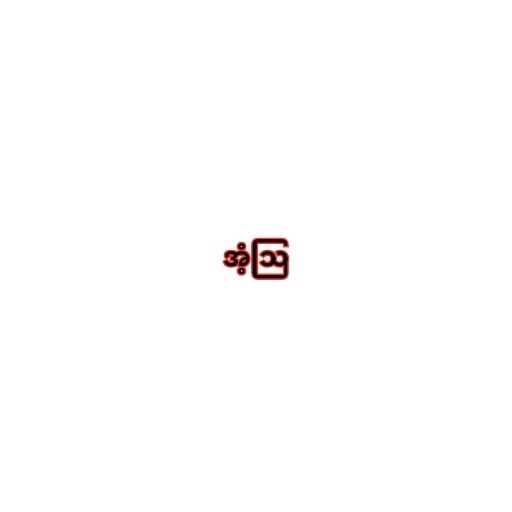
အံ့ဩ